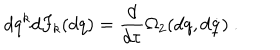
d q ^ { k } d F _ { k } ( d q ) = \frac { d } { d \tau } \Omega _ { 2 } ( d q , d \dot { q } ) \ .